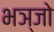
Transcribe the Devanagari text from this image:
भञ्जो